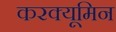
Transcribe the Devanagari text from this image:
करक्यूमिन